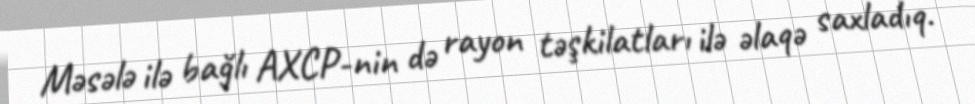
Məsələ ilə bağlı AXCP-nin də rayon təşkilatları ilə əlaqə saxladıq.